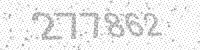
Solution: 277862